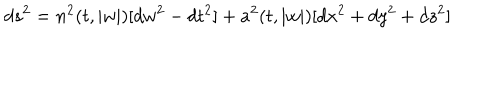
LaTeX: d s ^ { 2 } = n ^ { 2 } ( t , | w | ) [ d w ^ { 2 } - d t ^ { 2 } ] + a ^ { 2 } ( t , | w | ) [ d x ^ { 2 } + d y ^ { 2 } + d z ^ { 2 } ]